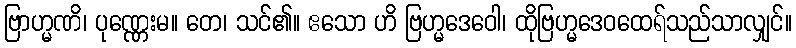
ဗြာဟ္မဏိ၊ ပုဏ္ဏေးမ။ တေ၊ သင်၏။ ဧသော ဟိ ဗြဟ္မဒေဝေါ၊ ထိုဗြဟ္မဒေဝထေရ်သည်သာလျှင်။